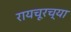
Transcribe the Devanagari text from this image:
रायचूरच्या